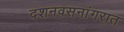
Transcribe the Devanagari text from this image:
दशनवसनांगरात